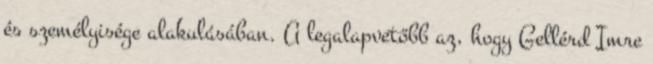
és személyisége alakulásában. A legalapvetőbb az, hogy Gellérd Imre